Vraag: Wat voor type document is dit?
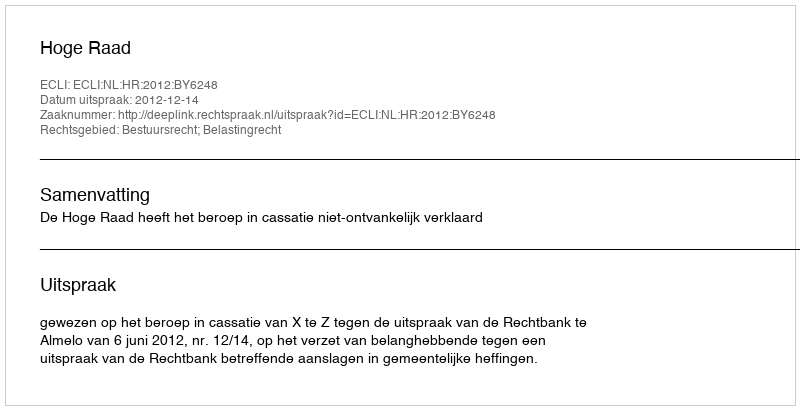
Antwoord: Uitspraak